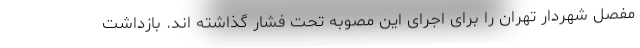
مفصل شهردار تهران را برای اجرای این مصوبه تحت فشار گذاشته اند. بازداشت